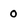
Character: 0